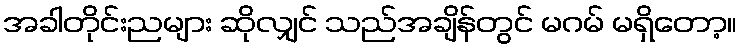
အခါတိုင်းညများ ဆိုလျှင် သည်အချိန်တွင် မဂမ် မရှိတော့။